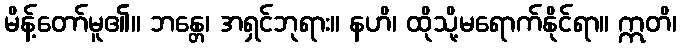
မိန့်တော်မူ၏။ ဘန္တေ၊ အရှင်ဘုရား။ နဟိ၊ ထိုသို့မရောက်နိုင်ရာ။ ဣတိ၊